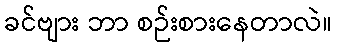
ခင်ဗျား ဘာ စဉ်းစားနေတာလဲ။